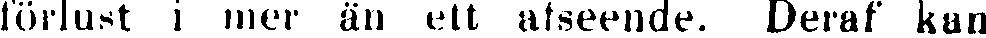
förlust i mer än ett afseende. Deraf kan